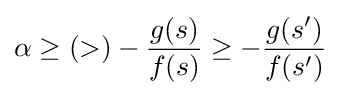
\alpha \geq (>)-{\frac {g(s)}{f(s)}}\geq -{\frac {g(s')}{f(s')}}